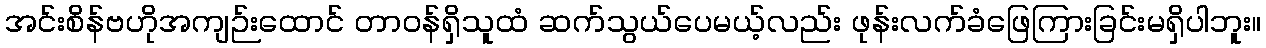
အင်းစိန်ဗဟိုအကျဉ်းထောင် တာဝန်ရှိသူထံ ဆက်သွယ်ပေမယ့်လည်း ဖုန်းလက်ခံဖြေကြားခြင်းမရှိပါဘူး။